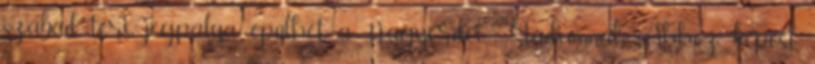
szabad téri jégpálya épülhet a Nagyerdei Stadionnál. “Ahhoz képest,